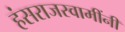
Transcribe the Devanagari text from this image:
हंसराजस्वामींनी